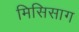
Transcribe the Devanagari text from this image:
मिसिसाग